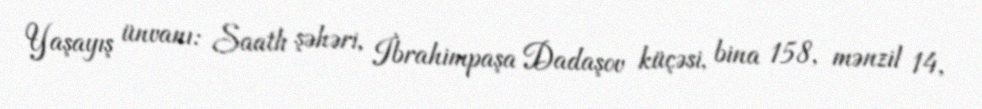
Yaşayış ünvanı: Saatlı şəhəri, İbrahimpaşa Dadaşov küçəsi, bina 158, mənzil 14,